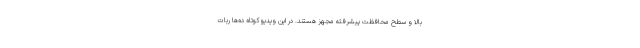
بالا و سطح محافظت پیشرفته مجهز هستند. در این ویدیو کوتاه ده‌ها ربات